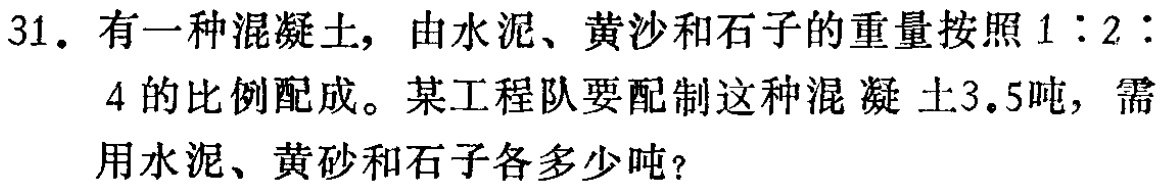
31. 有一种混凝土，由水泥、黄沙和石子的重量按照\(1:2:4\)的比例配成。某工程队要配制这种混凝土\(3.5\)吨，需用水泥、黄砂和石子各多少吨？